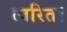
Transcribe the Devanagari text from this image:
त्वरित।